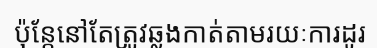
ប៉ុន្តែនៅតែត្រូវឆ្លងកាត់តាមរយៈការដូរ